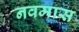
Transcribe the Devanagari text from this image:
नवमास